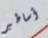
أساطير